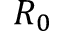
R _ { 0 }